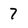
Character: 7